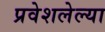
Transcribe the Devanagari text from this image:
प्रवेशलेल्या